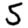
Digit: 5